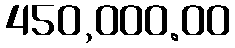
450,000.00